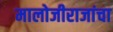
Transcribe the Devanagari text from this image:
मालोजीराजांचा